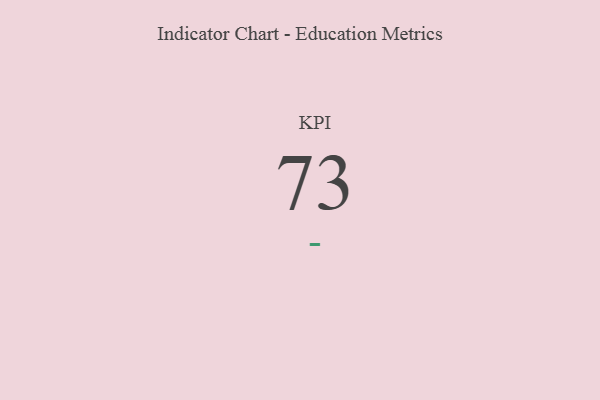
{"axis": {"x": "KPI", "y": "Value"}, "legend": [""], "data": [{"x": "KPI", "y": 73, "type": ""}]}